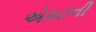
એકટની